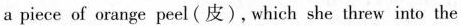
a piece of orange peel (皮), which she threw into the